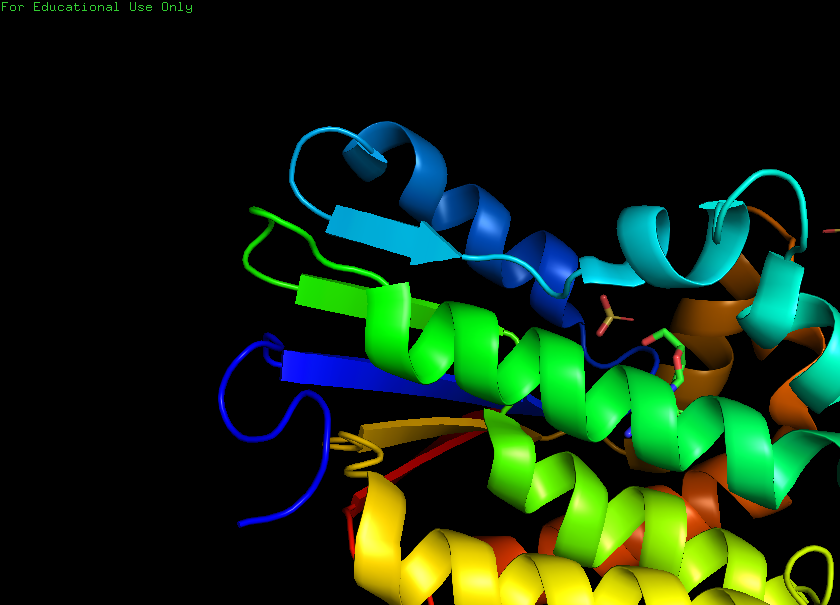
pymol, preset, pretty